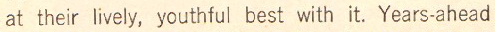
at their lively, youthful best with it. Years-ahead